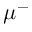
\mu ^ { - }